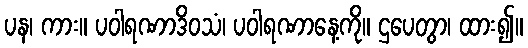
ပန၊ ကား။ ပဝါရဏာဒိဝသံ၊ ပဝါရဏာနေ့ကို။ ဌပေတွာ၊ ထား၍။